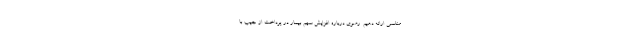
مناسبی ارائه دهیم. رضوی درباره افزایش سهم بیمار در پرداخت از جیب با